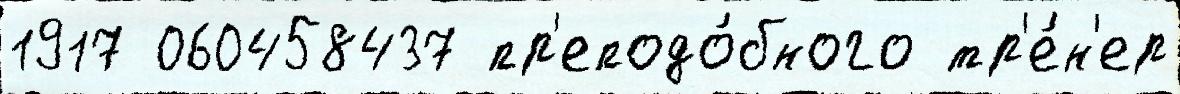
1917 060458437 пр'еподо́бного тр'е́н'ер